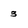
Character: 3